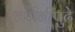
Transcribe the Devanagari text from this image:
जर्मनीपुढे